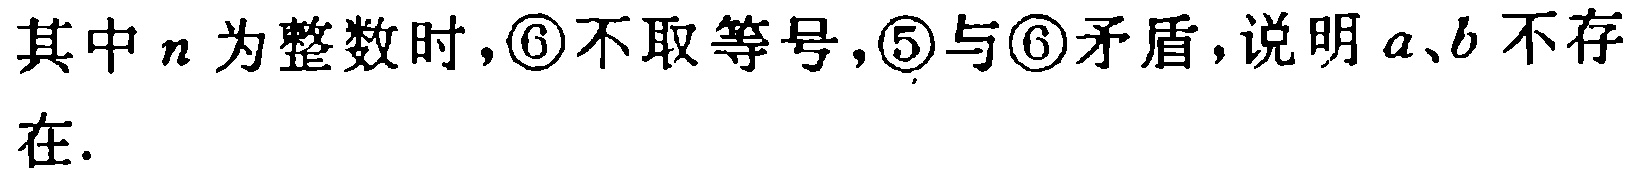
其中\(n\)为整数时，\(\textcircled{6}\)不取等号，\(\textcircled{5}\)与\(\textcircled{6}\)矛盾，说明\(a、b\)不存在.